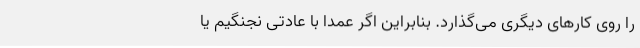
را روی کارهای دیگری می‌گذارد. بنابراین اگر عمداً با عادتی نجنگیم یا